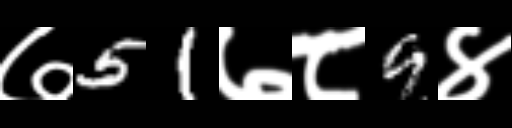
Text: ७51७८9४